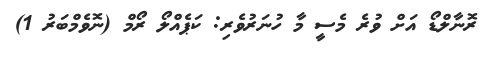
ރޮނާލްޑޯ އަށް ވުރެ މެސީ މާ ހުނަރުވެރި: ކަޕެއްލޯ ރޯމް (ނޮވެމްބަރު 1)